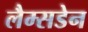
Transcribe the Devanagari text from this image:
लैम्सडेन